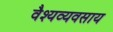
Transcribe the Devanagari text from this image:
वैश्यव्यवसाय